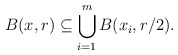
\begin{align*} B(x,r) \subseteq \bigcup_{i=1}^m B(x_i,r/2).\end{align*}